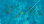
شاهدها